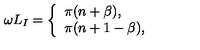
\omega L _ { I } = \left\{ \begin{array} { l l } { \pi ( n + \beta ) , } \\ { \pi ( n + 1 - \beta ) , } \\ \end{array} \right.